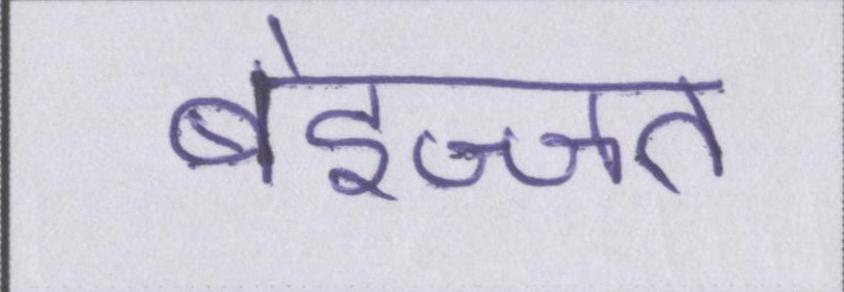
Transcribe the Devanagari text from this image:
बेइज्जत